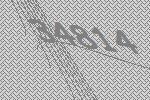
34814